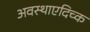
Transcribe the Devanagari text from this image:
अवस्थाएदिच्क